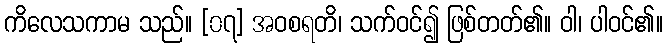
ကိလေသကာမ သည်။ [၀၇] အဝစရတိ၊ သက်ဝင်၍ ဖြစ်တတ်၏။ ဝါ၊ ပါဝင်၏။